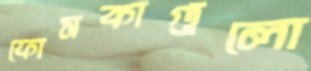
ফোসকাগুলো